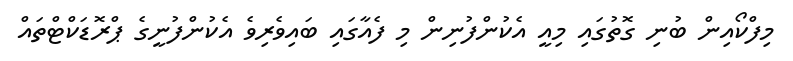
މިފްކޯއިން ބުނި ގޮތުގައި މިއީ އެކުންފުނިން މި ފެއާގައި ބައިވެރިވެ އެކުންފުނީގެ ޕްރޮޑަކްޓްތައް